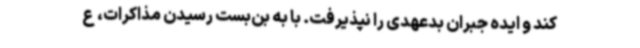
کند و ایده جبران بدعهدی را نپذیرفت. با به بن‌بست رسیدن مذاکرات، ع